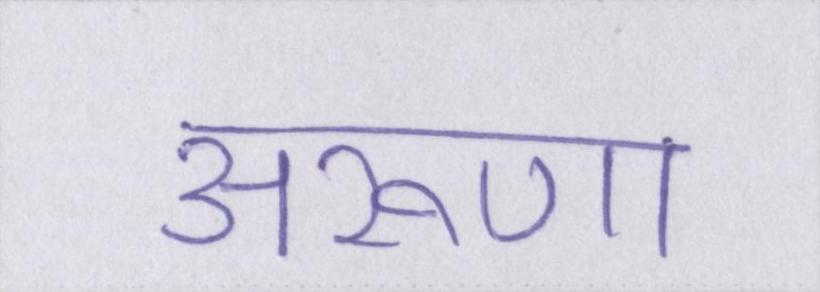
अरूणा